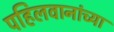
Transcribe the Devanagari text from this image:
पहिलवानांच्या